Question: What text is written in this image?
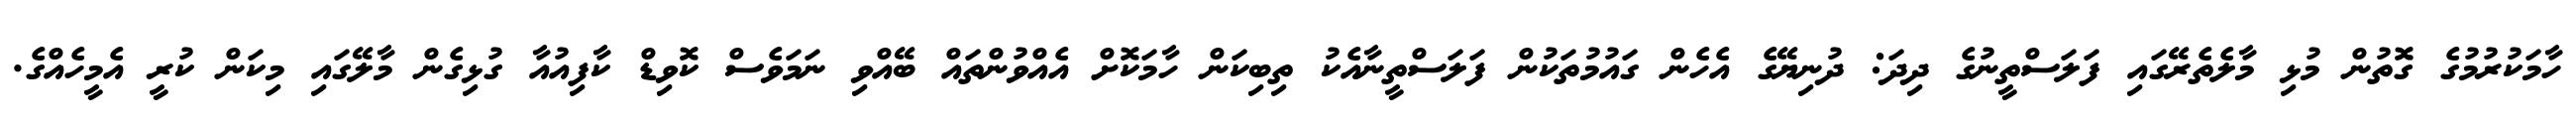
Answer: ހާމަކުރުމުގެ ގޮތުން މުޅި މާލެތެރޭގައި ފަލަސްތީނުގެ ދިދަ: ދުނިޔޭގެ އެހެން ގައުމުތަކުން ފަލަސްތީނާއެކު ތިބިކަން ހާމަކޮށް އެއްވުންތައް ބޭއްވި ނަމަވެސް ކޮވިޑް ކާފިއުއާ ގުޅިގެން މާލޭގައި މިކަން ކުރީ އެމީހެއްގެ.